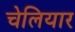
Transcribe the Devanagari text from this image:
चेलियार